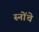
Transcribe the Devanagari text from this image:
स्नोंचे